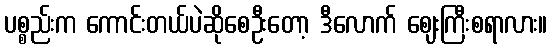
ပစ္စည်းက ကောင်းတယ်ပဲဆိုစေဦးတော့ ဒီလောက် ဈေးကြီးစရာလား။